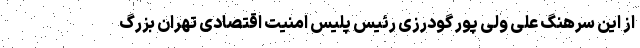
از این سرهنگ علی ولی پور گودرزی رئیس پلیس امنیت اقتصادی تهران بزرگ